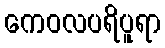
ကေဝလပရိပူရာ